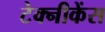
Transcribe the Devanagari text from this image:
टेक्नीकेंस